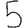
Digit: 5